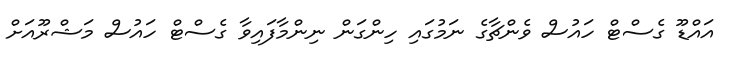
އައްޑޫ ގެސްޓް ހައުސް ވެންޗާގެ ނަމުގައި ހިންގަން ނިންމާފައިވާ ގެސްޓް ހައުސް މަޝްރޫއަށް